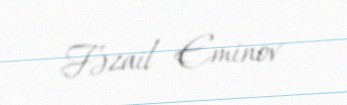
Fəzail Eminov